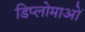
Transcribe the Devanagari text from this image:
डिप्लोमाओं